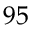
9 5